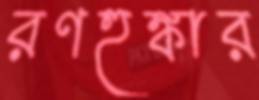
রণহুঙ্কার